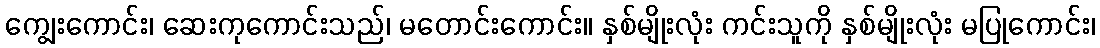
ကျွေးကောင်း၊ ဆေးကုကောင်းသည်၊ မတောင်းကောင်း။ နှစ်မျိုးလုံး ကင်းသူကို နှစ်မျိုးလုံး မပြုကောင်း၊